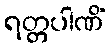
ရတ္တပါဏိံ